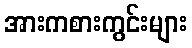
အားကစားကွင်းများ